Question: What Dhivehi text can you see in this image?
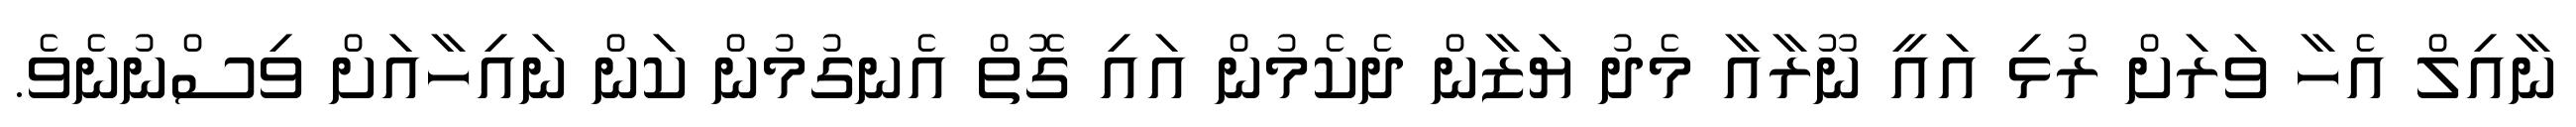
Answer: ނާއިލް އެހާ ވަރަށް ރުޅި އައީ ނޫރާއާ މެދު ޔަޒާން ދެކެމުން އައި ގޮތް އެނގުމުން ކަން ނައިހާއަށް ވިސްނުނެވެ.